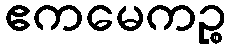
ဧကမေကဉ္စ